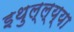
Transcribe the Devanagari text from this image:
इथुल्ल्य्या